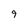
Character: 9